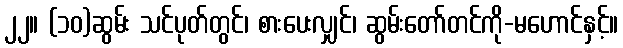
၂၂။ (၁၀)ဆွမ်း သင်ပုတ်တွင်၊ စားပေးလျှင်၊ ဆွမ်းတော်တင်ကို-မဟောင်နှင့်။